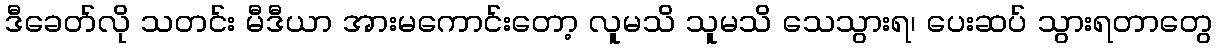
ဒီခေတ်လို သတင်း မီဒီယာ အားမကောင်းတော့ လူမသိ သူမသိ သေသွားရ၊ ပေးဆပ် သွားရတာတွေ